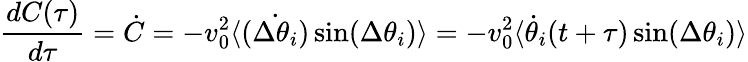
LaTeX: {\frac{dC(\tau)}{d\tau}}=\dot{C}=-v_{0}^{2}\langle\dot{(\Delta\theta_{i})}\, \mathrm{sin}(\Delta\theta_{i})\rangle=-v_{0}^{2}\langle\dot{\theta}_{i}(t+\tau)\, \mathrm{sin}(\Delta\theta_{i})\rangle